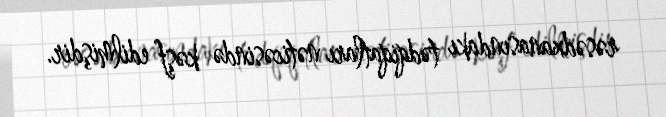
rəsədxanasındakı tədqiqatları nəticəsində kəşf edilmişdir.